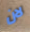
لان